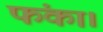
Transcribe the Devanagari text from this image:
फंका।